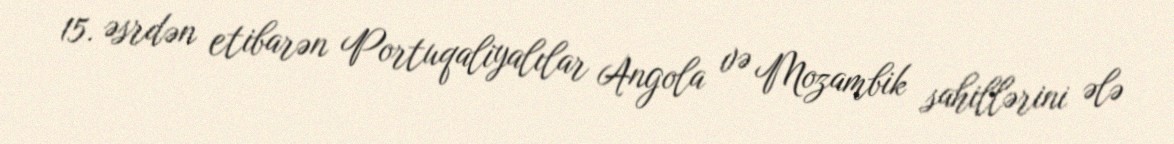
15. əsrdən etibarən Portuqaliyalılar Angola və Mozambik sahillərini ələ